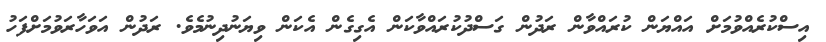
އިސްކުރެއްވުމަށް އައްޔަން ކުރައްވާން ރަދުން ގަސްދުކުރައްވާކަން އެގިގެން އެކަން ވިޔަނުދިނުމެވެ. ރަދުން އަވަހާރަވުމަށްފަހު